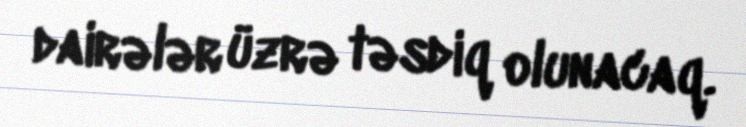
dairələr üzrə təsdiq olunacaq.